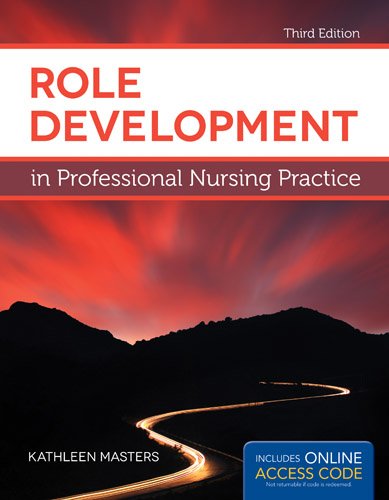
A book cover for Role Development In Professional Nursing Practice; Kathleen Masters; Medical Books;